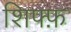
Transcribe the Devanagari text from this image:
शिफ्फ़